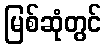
မြစ်ဆုံတွင်